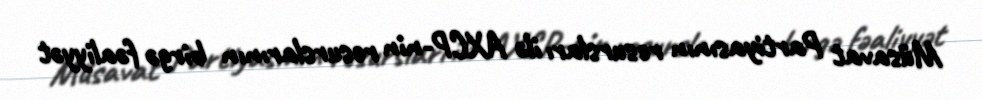
Müsavat Partiyasının resursları ilə AXCP-nin resurslarının birgə fəaliyyət